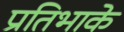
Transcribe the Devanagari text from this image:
प्रतिभाके